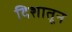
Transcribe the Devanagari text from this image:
दिशातून